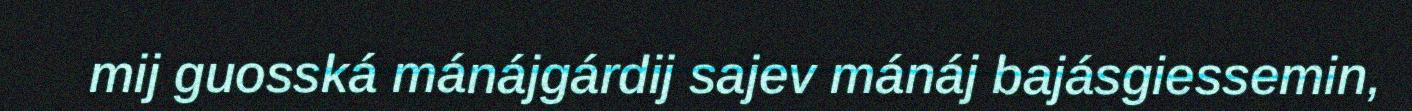
mij guosská mánájgárdij sajev mánáj bajásgiessemin,